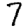
Digit: 7